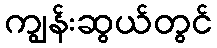
ကျွန်းဆွယ်တွင်